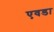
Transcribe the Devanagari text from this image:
एवडा